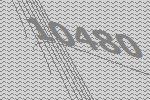
10480